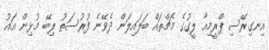
އިނގިރޭސި ޕްރީމިއާ ލީގުގެ މެޗްތައް ބަލައިލަން ދެވޭނެ ފުރުސަތު ލިބޭ މުޅިން އައު